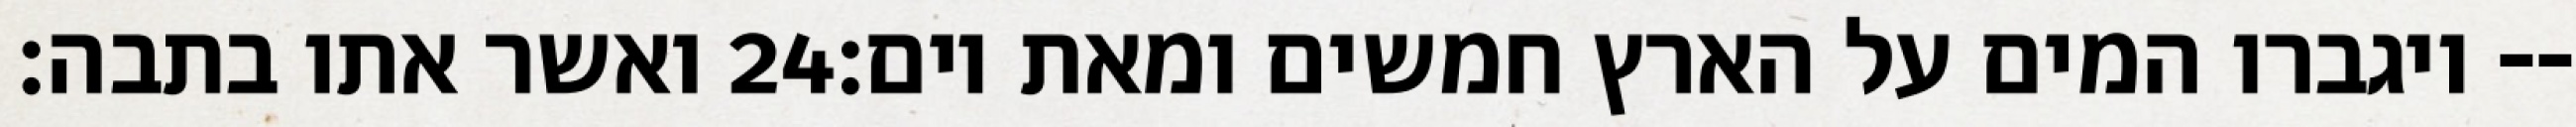
ואשר אתו בתבה׃ ‎24‏ ויגברו המים על הארץ חמשים ומאת יום׃--